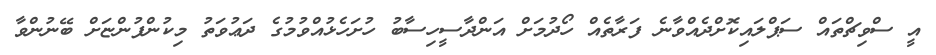
އީ ސްވިޗްތައް ސަޕްލައިކޮށްދެއްވާނެ ފަރާތެއް ހޯދުމަށް އަންދާސީހިސާބު ހުށަހެޅުއްވުމުގެ ދަޢުވަތު މިކުންފުންޏަށް ބޭނުންވާ